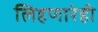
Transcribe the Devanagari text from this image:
लिहणारेही